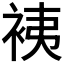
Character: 𧙣